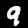
Label: 9